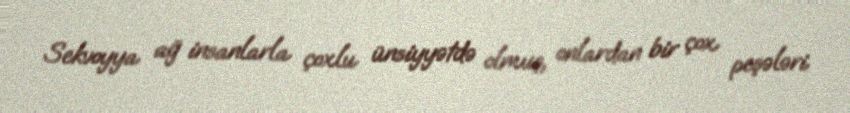
Sekvoyya ağ insanlarla çoxlu ünsiyyətdə olmuş, onlardan bir çox peşələri